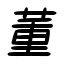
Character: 董